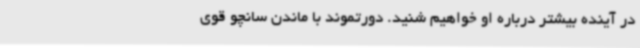
در آینده بیشتر درباره او خواهیم شنید. دورتموند با ماندن سانچو قوی